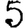
Digit: 5